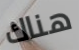
هناك